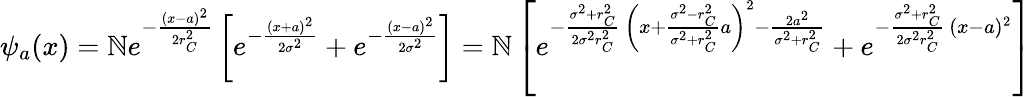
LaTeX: \psi_{a}(x)={\cal{\mathbb{N}}}e^{-{\frac{{(x-a)^{2}}}{{2r_{C}^{2}}}}}\left[e^{-{\frac{{(x+a)^{2}}}{{2\sigma^{2}}}}}+e^{-{\frac{{(x-a)^{2}}}{{2\sigma^{2}}}}}\right]={\cal{\mathbb{N}}}\left[e^{-{\frac{{\sigma^{2}+r_{C}^{2}}}{{2\sigma^{2}r_{C}^{2}}}}\, \left(x+{\frac{{\sigma^{2}-r_{C}^{2}}}{{\sigma^{2}+r_{C}^{2}}}}a\right)^{2}-{\frac{{2a^{2}}}{{\sigma^{2}+r_{C}^{2}}}}}+e^{-{\frac{{\sigma^{2}+r_{C}^{2}}}{{2\sigma^{2}r_{C}^{2}}}}\, (x-a)^{2}}\right]